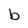
Character: b